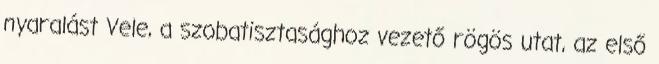
nyaralást Vele, a szobatisztasághoz vezető rögös utat, az első